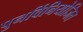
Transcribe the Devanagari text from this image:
पुनर्विनियोजित